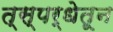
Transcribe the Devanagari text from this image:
त्स्पर्धेतून